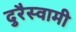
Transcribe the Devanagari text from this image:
दुरैस्वामी